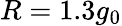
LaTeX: R=1.3g_{0}